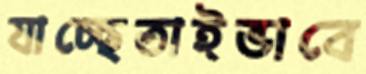
যাচ্ছেতাইভাবে